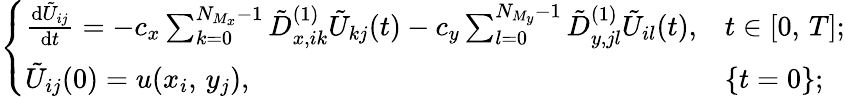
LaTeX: \left\{ \begin{array}{ll}{\frac{\mathrm{d}\tilde{U}_{ij}}{\mathrm{d}t}=-c_{x}\sum_{k=0}^{N_{M_{x}}-1}\tilde{D}_{x,ik}^{(1)}\tilde{U}_{kj}(t)-c_{y}\sum_{l=0}^{N_{M_{y}}-1}\tilde{D}_{y,jl}^{(1)}\tilde{U}_{il}(t),}&{t\in[0,\, T];}\\ {\tilde{U}_{ij}(0)=u(x_{i},\, y_{j}),}&{\{ t=0\} ;}\end{array}\right.